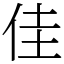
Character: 佳